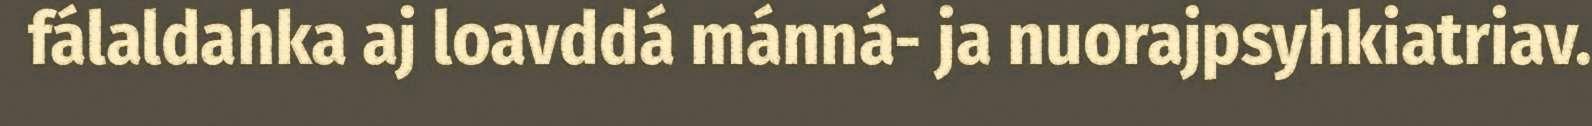
fálaldahka aj loavddá mánná- ja nuorajpsyhkiatriav.